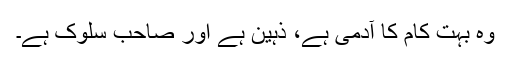
وہ بہت کام کا آدمی ہے، ذہین ہے اور صاحبِ سلوک ہے۔